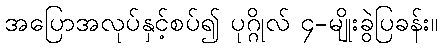
အပြောအလုပ်နှင့်စပ်၍ ပုဂ္ဂိုလ် ၄-မျိုးခွဲပြခန်း။